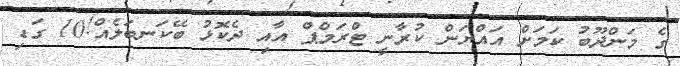
ގެ މަންދޫބު ކަމަށް އައްޔަން ކުރާނީ ޓްރަމްޕް އާއި ދެކޮޅު ބޭކަނބަލެއް!10 ގަޑި